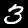
Digit: 3